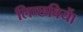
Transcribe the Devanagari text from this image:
लिच्छवियाें